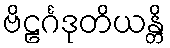
ဗိဠင်္ဂဒုတိယန္တိ